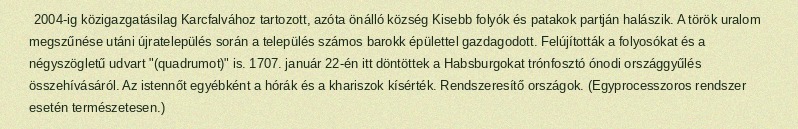
2004-ig közigazgatásilag Karcfalvához tartozott, azóta önálló község Kisebb folyók és patakok partján halászik. A török uralom megszűnése utáni újratelepülés során a település számos barokk épülettel gazdagodott. Felújították a folyosókat és a négyszögletű udvart "(quadrumot)" is. 1707. január 22-én itt döntöttek a Habsburgokat trónfosztó ónodi országgyűlés összehívásáról. Az istennőt egyébként a hórák és a khariszok kísérték. Rendszeresítő országok. (Egyprocesszoros rendszer esetén természetesen.)